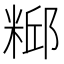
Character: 𫃃